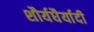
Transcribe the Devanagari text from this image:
शौर्यधैर्यादी